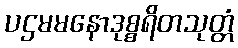
ပဌမမနောဒုစ္စရိတသုတ္တံ